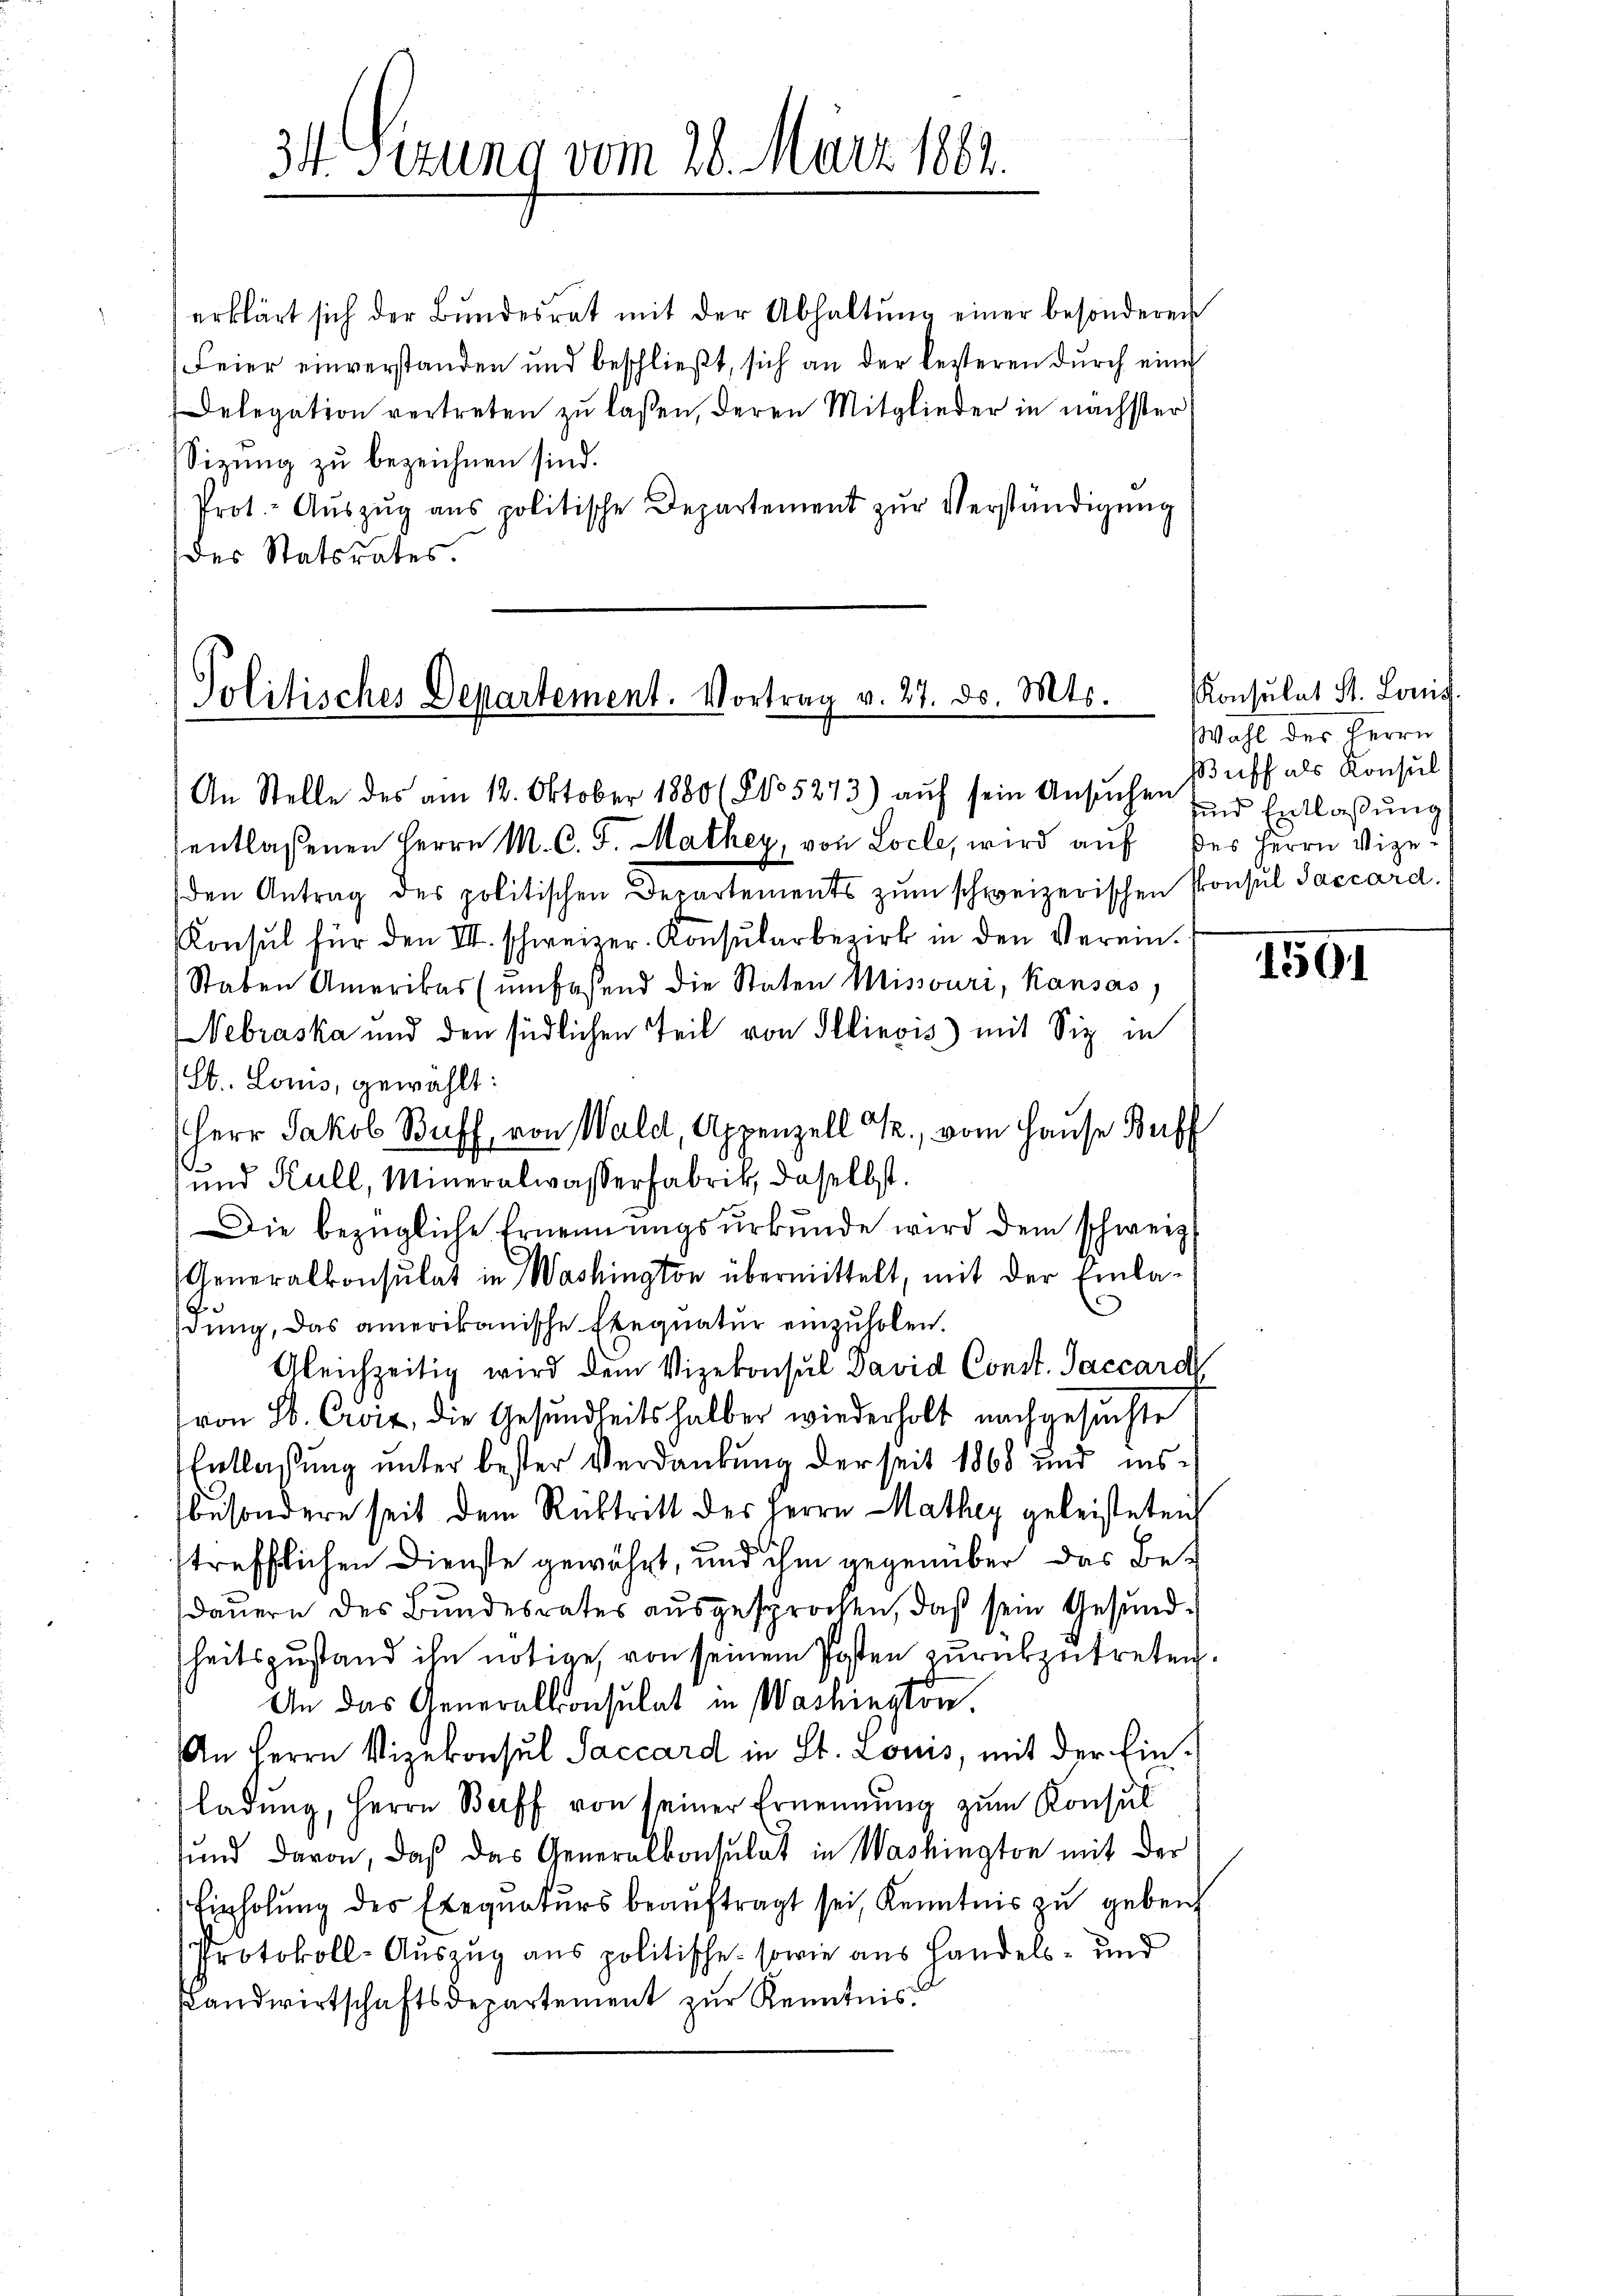
34. Sizung vom 28. März 1861.

erklärt sich der Bŭndesrat mit der Abhaltŭng einer besonderen
Feier einverstanden und beschlieβt, sich an der lezteren dŭrch eine
Delegation vertreten zu laßen, deren Mitglieder in nächster
Sizŭng zu bezeichnen sind.
Prot.- Aŭszŭg ans politische Departement zŭr Verständigŭng
des Statsrates.

Politisches Departement. Vortrag v. 27. ds. Mts.
An Stelle des am 12. Oktober 1880 (815243) auf sein Ansŭchen für Entlassŭng

entlassenen Herrn M. C. J. Mathey, von Locle, wird auf des Herrn Vizeden Antrag des politischen Departements zum schweizerischen Konsul Saccard.
Konsul für den III. schweizer. Konsularbezirk in den Verein¬
Staben Amerikar (umfassend die Staten Missouri, Kansas
Nebraska und den südlichen Teil von Illinois) mit Siz in
St. Louis, gewählt:
Herr Jakob Buff, von Wald, Appenzell T., vom Hause Buff
und Kull, Mineralwasserfabrik, daselbst.
Die bezügliche Ernennŭngsŭrkŭnde wird dem schweiz.
Generalkonsulat in Washington übermittelt, mit der Einladung, das amerikanische Exequatur einzuholen.
Gleichzeitig wird dem Vizekonsul David Const. Jaccard
von S. Croit, die Gesundheitshalber wiederholt nachgesuchte
Entlassung unter bester Verdankung der seit 1868 und insbesondere seit dem Rücktritt des Herrn Mathey geleisteten
strefflichen Dienste gewährt, und ihm gegenüber das Bedauern des Bundesrates ausgesprochen, daß sein Gesundheitszustand ihn nötige, von seinem Posten zurückzutreten.
An das Generalkonsulat in Washington.
An Herrn Vizekonsul Saccard in St. Louis, mit der Einladung, Herrn Borff von seiner Ernennung zum Konsul
sund davon, daß das Generalkonsulat in Washington mit der
Einholung des Exequaturs beauftragt sei, Kenntnis zu gebenh
Protokoll-Auszug aus politische sowie aus Handels- und
slandwirtschaftsdepartement zur Kenntnis

Konsulat St. Louis
Wahl der Herrn
Buff als Konsul

1501